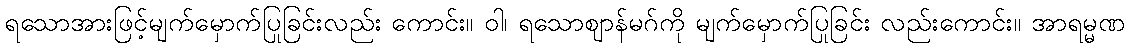
ရသောအားဖြင့်မျက်မှောက်ပြုခြင်းလည်း ကောင်း။ ဝါ၊ ရသောဈာန်မဂ်ကို မျက်မှောက်ပြုခြင်း လည်းကောင်း။ အာရမ္မဏ